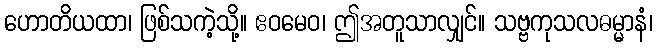
ဟောတိယထာ၊ ဖြစ်သကဲ့သို့။ ဧဝမေဝ၊ ဤအတူသာလျှင်။ သဗ္ဗကုသလဓမ္မာနံ၊